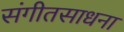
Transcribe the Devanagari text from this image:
संगीतसाधना